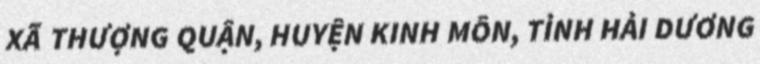
XÃ THƯỢNG QUẬN, HUYỆN KINH MÔN, TỈNH HẢI DƯƠNG